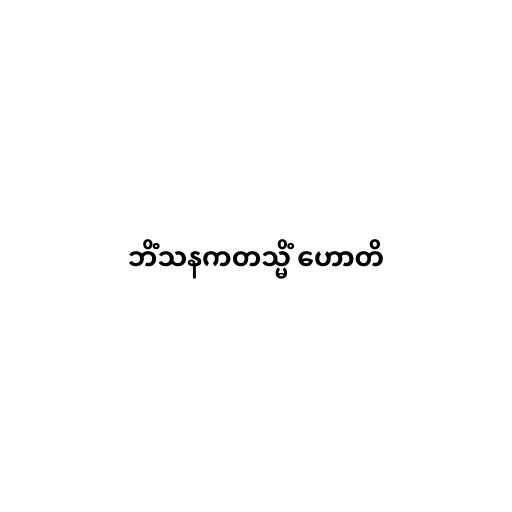
ဘိံသနကတသ္မိံ ဟောတိ